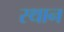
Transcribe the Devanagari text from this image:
स्‍थान